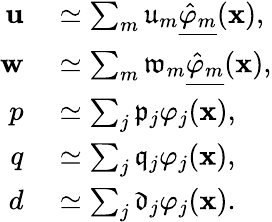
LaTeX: \begin{array}{rl}{\mathbf{u}}&{{}\simeq\sum_{m}\mathfrak{u}_{m}\underline{{\hat{\varphi}_{m}}}(\mathbf{x}),}\\ {\mathbf{w}}&{{}\simeq\sum_{m}\mathfrak{w}_{m}\underline{{\hat{\varphi}_{m}}}(\mathbf{x}),}\\ {p}&{{}\simeq\sum_{j}\mathfrak{p}_{j}\varphi_{j}(\mathbf{x}),}\\ {q}&{{}\simeq\sum_{j}\mathfrak{q}_{j}\varphi_{j}(\mathbf{x}),}\\ {d}&{{}\simeq\sum_{j}\mathfrak{d}_{j}\varphi_{j}(\mathbf{x}).}\end{array}